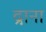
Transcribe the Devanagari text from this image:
द्राना